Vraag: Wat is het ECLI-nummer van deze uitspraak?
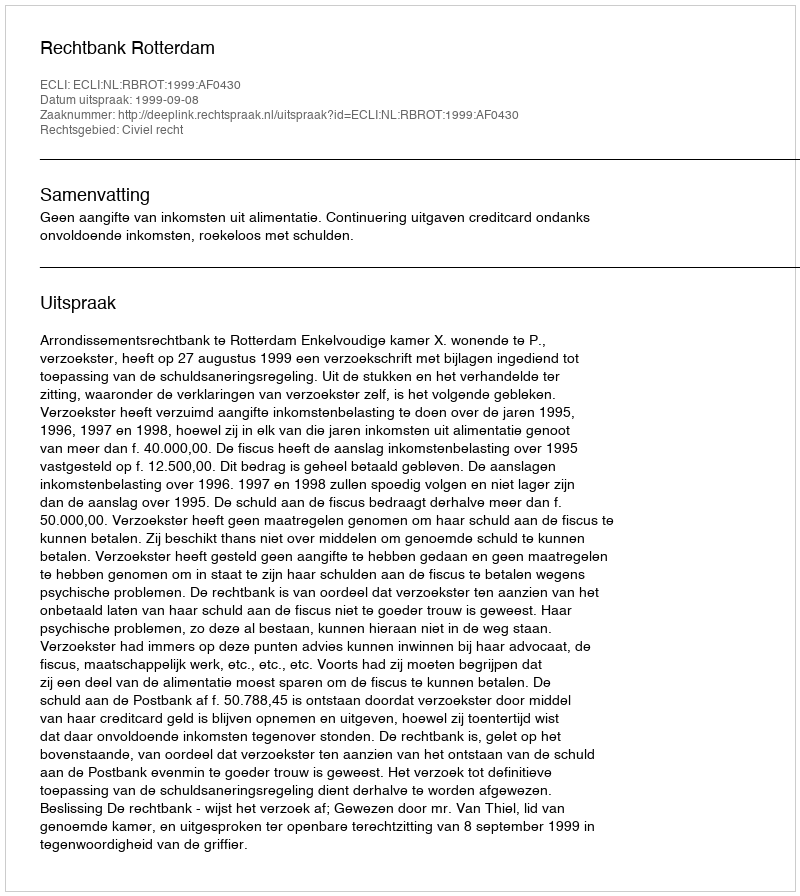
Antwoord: ECLI:NL:RBROT:1999:AF0430